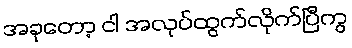
အခုတော့ ငါ အလုပ်ထွက်လိုက်ပြီကွ